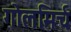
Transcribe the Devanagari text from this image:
गोलमिर्च